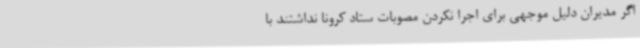
اگر مدیران دلیل موجهی برای اجرا نکردن مصوبات ستاد کرونا نداشتند با